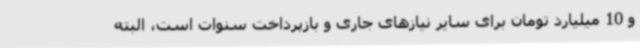
و 10 میلیارد تومان برای سایر نیازهای جاری و بازپرداخت سنوات است، البته